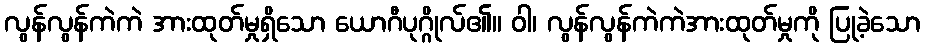
လွန်လွန်ကဲကဲ အားထုတ်မှုရှိသော ယောဂီပုဂ္ဂိုလ်၏။ ဝါ၊ လွန်လွန်ကဲကဲအားထုတ်မှုကို ပြုခဲ့သော